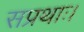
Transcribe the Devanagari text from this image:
सप्रथाः।